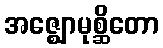
အဇ္ဈောမုစ္ဆိတော